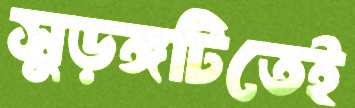
সুড়ঙ্গটিতেই